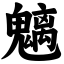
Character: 魑